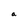
Character: a